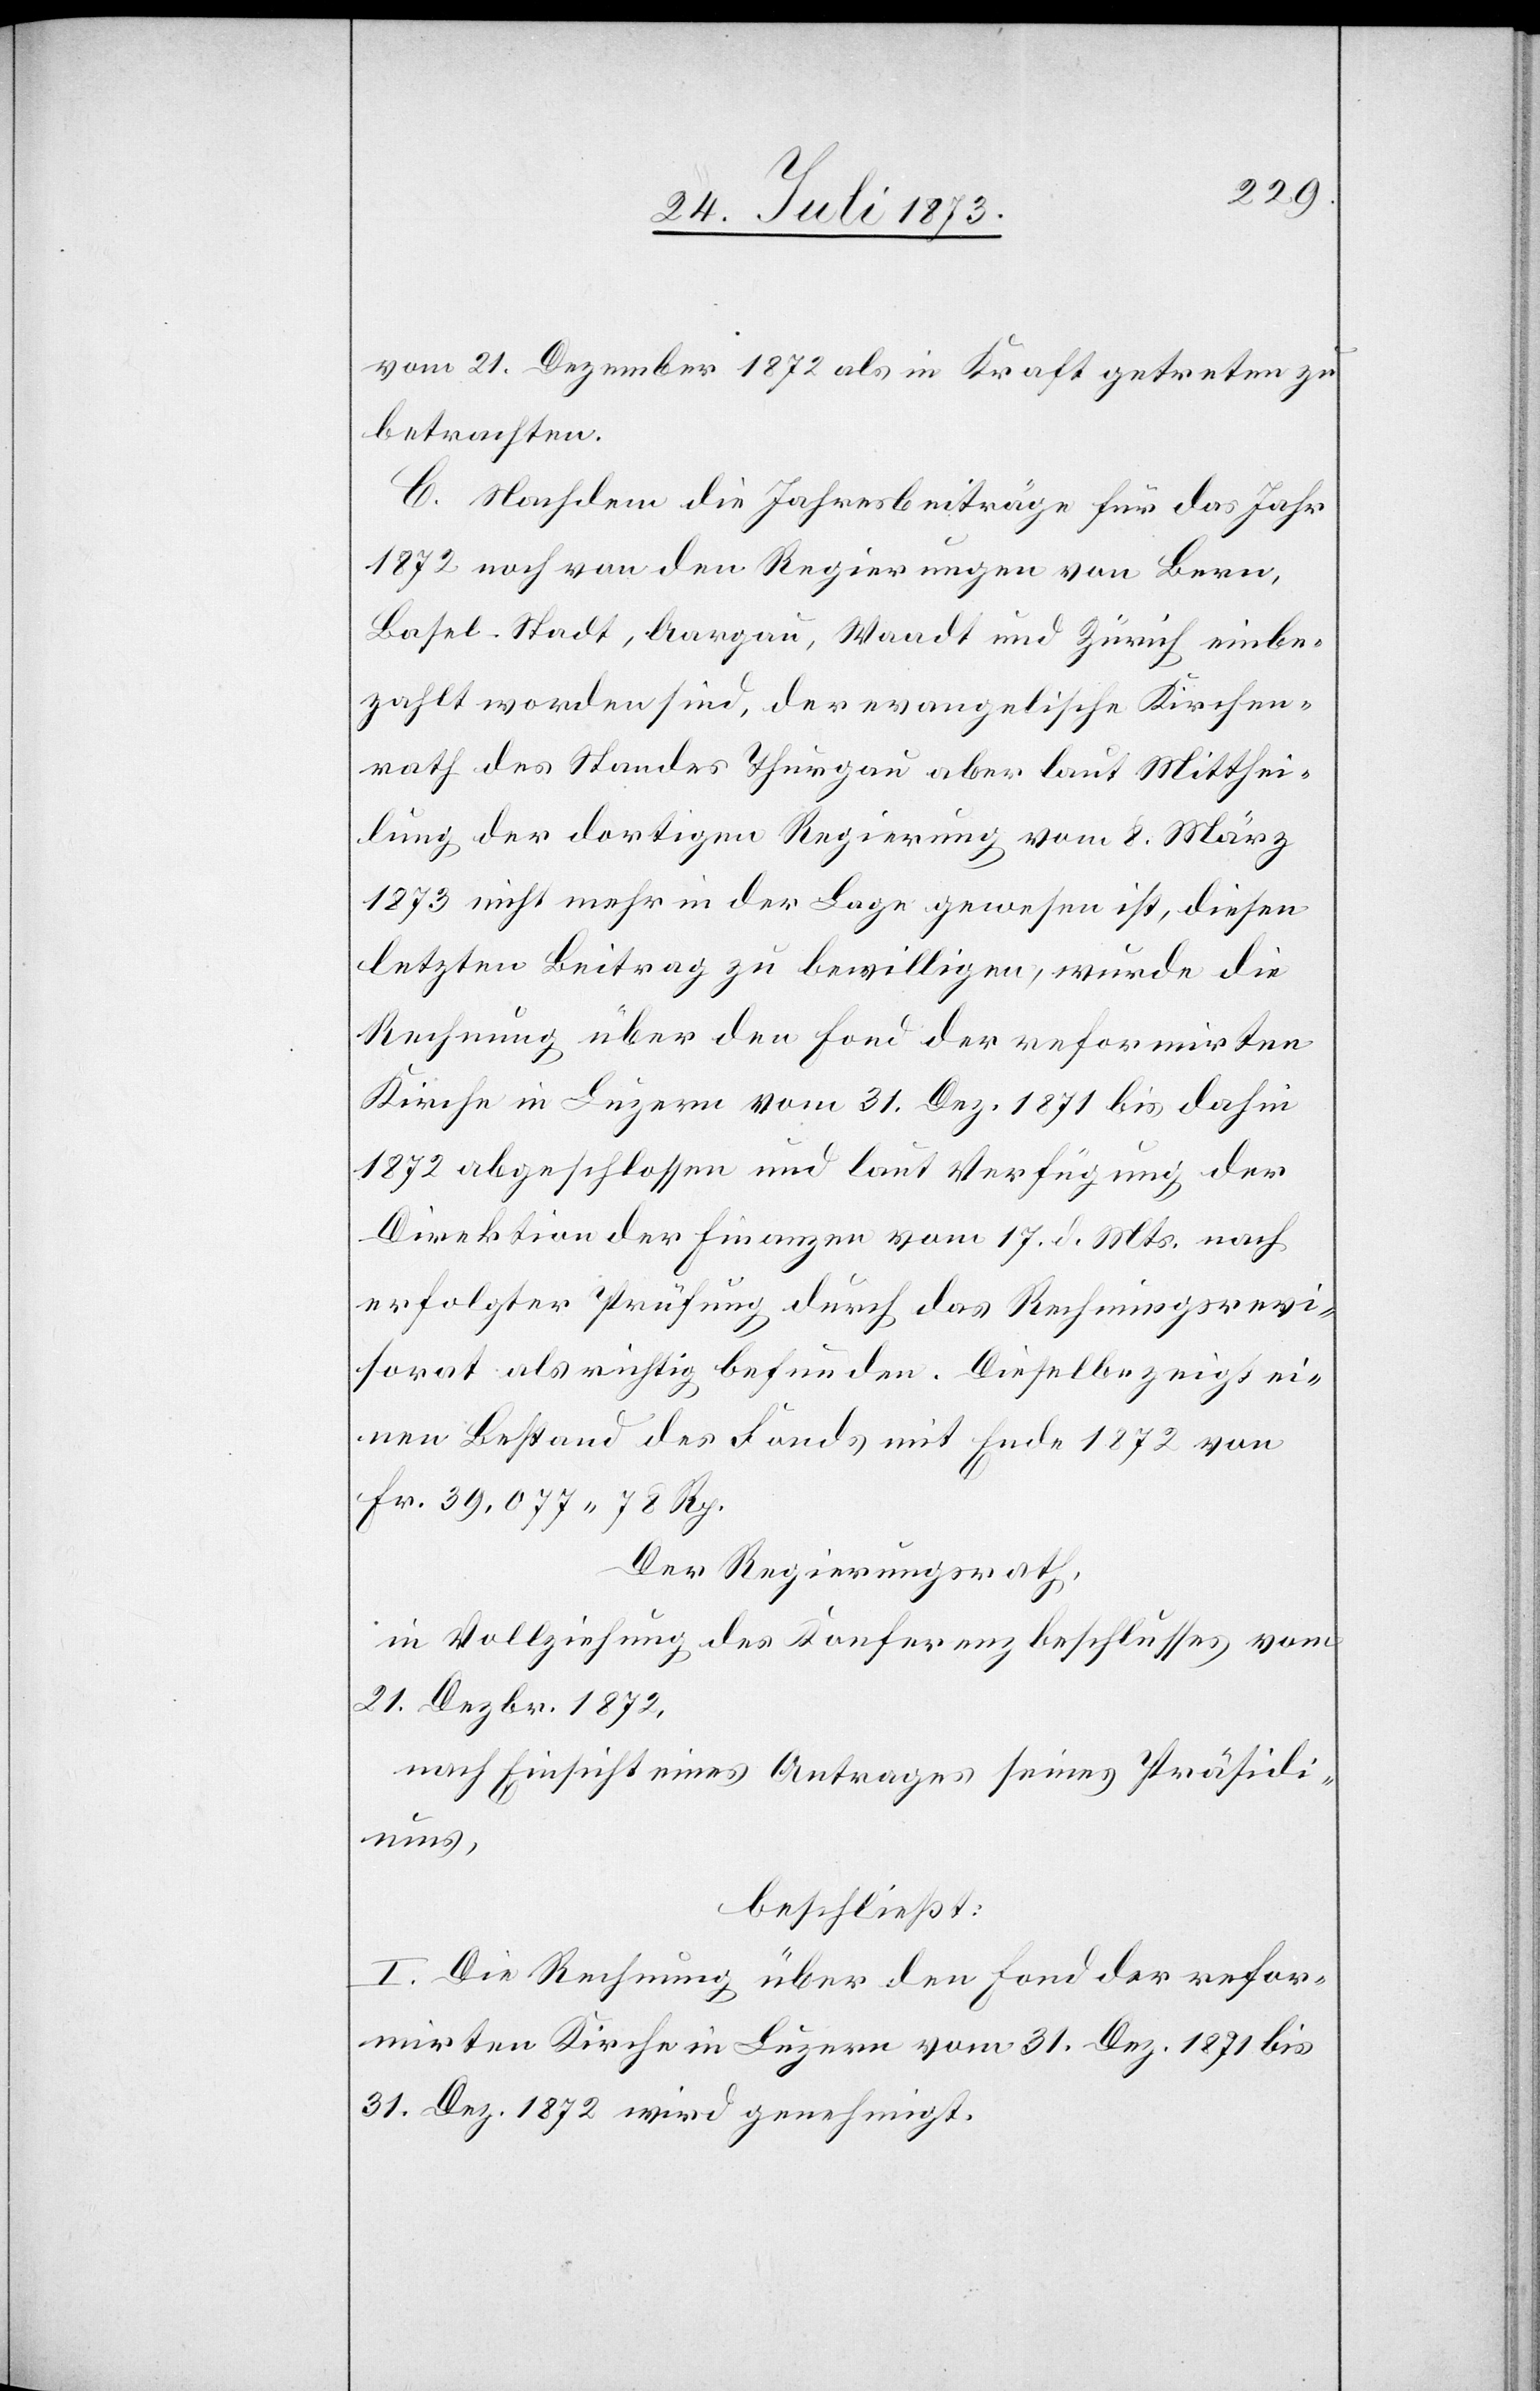
vom 21. Dezember 1872 als in Kraft getreten zu
betrachten.
C. Nachdem die Jahresbeiträge für das Jahr
1872 noch von den Regierungen von Bern,
Basel-Stadt, Aargau, Waadt und Zürich einbe¬
zahlt worden sind, der evangelische Kirchen¬
rath des Standes Thurgau aber laut Mitthei¬
lung der dortigen Regierung vom 8. März
1873 nicht mehr in der Lage gewesen ist, diesen
letzten Beitrag zu bewilligen, wurde die
Rechnung über den Fond der reformirten
Kirche in Luzern vom 31. Dez. 1871 bis dahin
1872 abgeschlossen und laut Verfügung der
Direktion der Finanzen vom 17. d. Mts. nach
erfolgter Prüfung durch das Rechnungsrevi¬
sorat als richtig befunden. Dieselbe zeigt ei¬
nen Bestand des Fonds mit Ende 1872 von
Fr. 39,077 78 Rp.
Der Regierungsrath,
in Vollziehung des Konferenzbeschlusses vom
21. Dezbr. 1872,
nach Einsicht eines Antrages seines Präsidi¬
ums,
beschließt:
I. Die Rechnung über den Fond der refor¬
mirten Kirche in Luzern vom 31. Dez. 1871 bis
31. Dez. 1872 wird genehmigt.